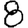
Digit: 8